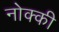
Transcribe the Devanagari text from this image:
नोक्की